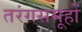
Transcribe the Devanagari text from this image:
तरंगसमूहों